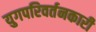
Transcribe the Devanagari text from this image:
युगपरिवर्तनकारी